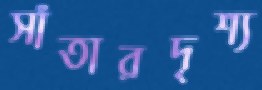
সাঁতারদৃশ্য